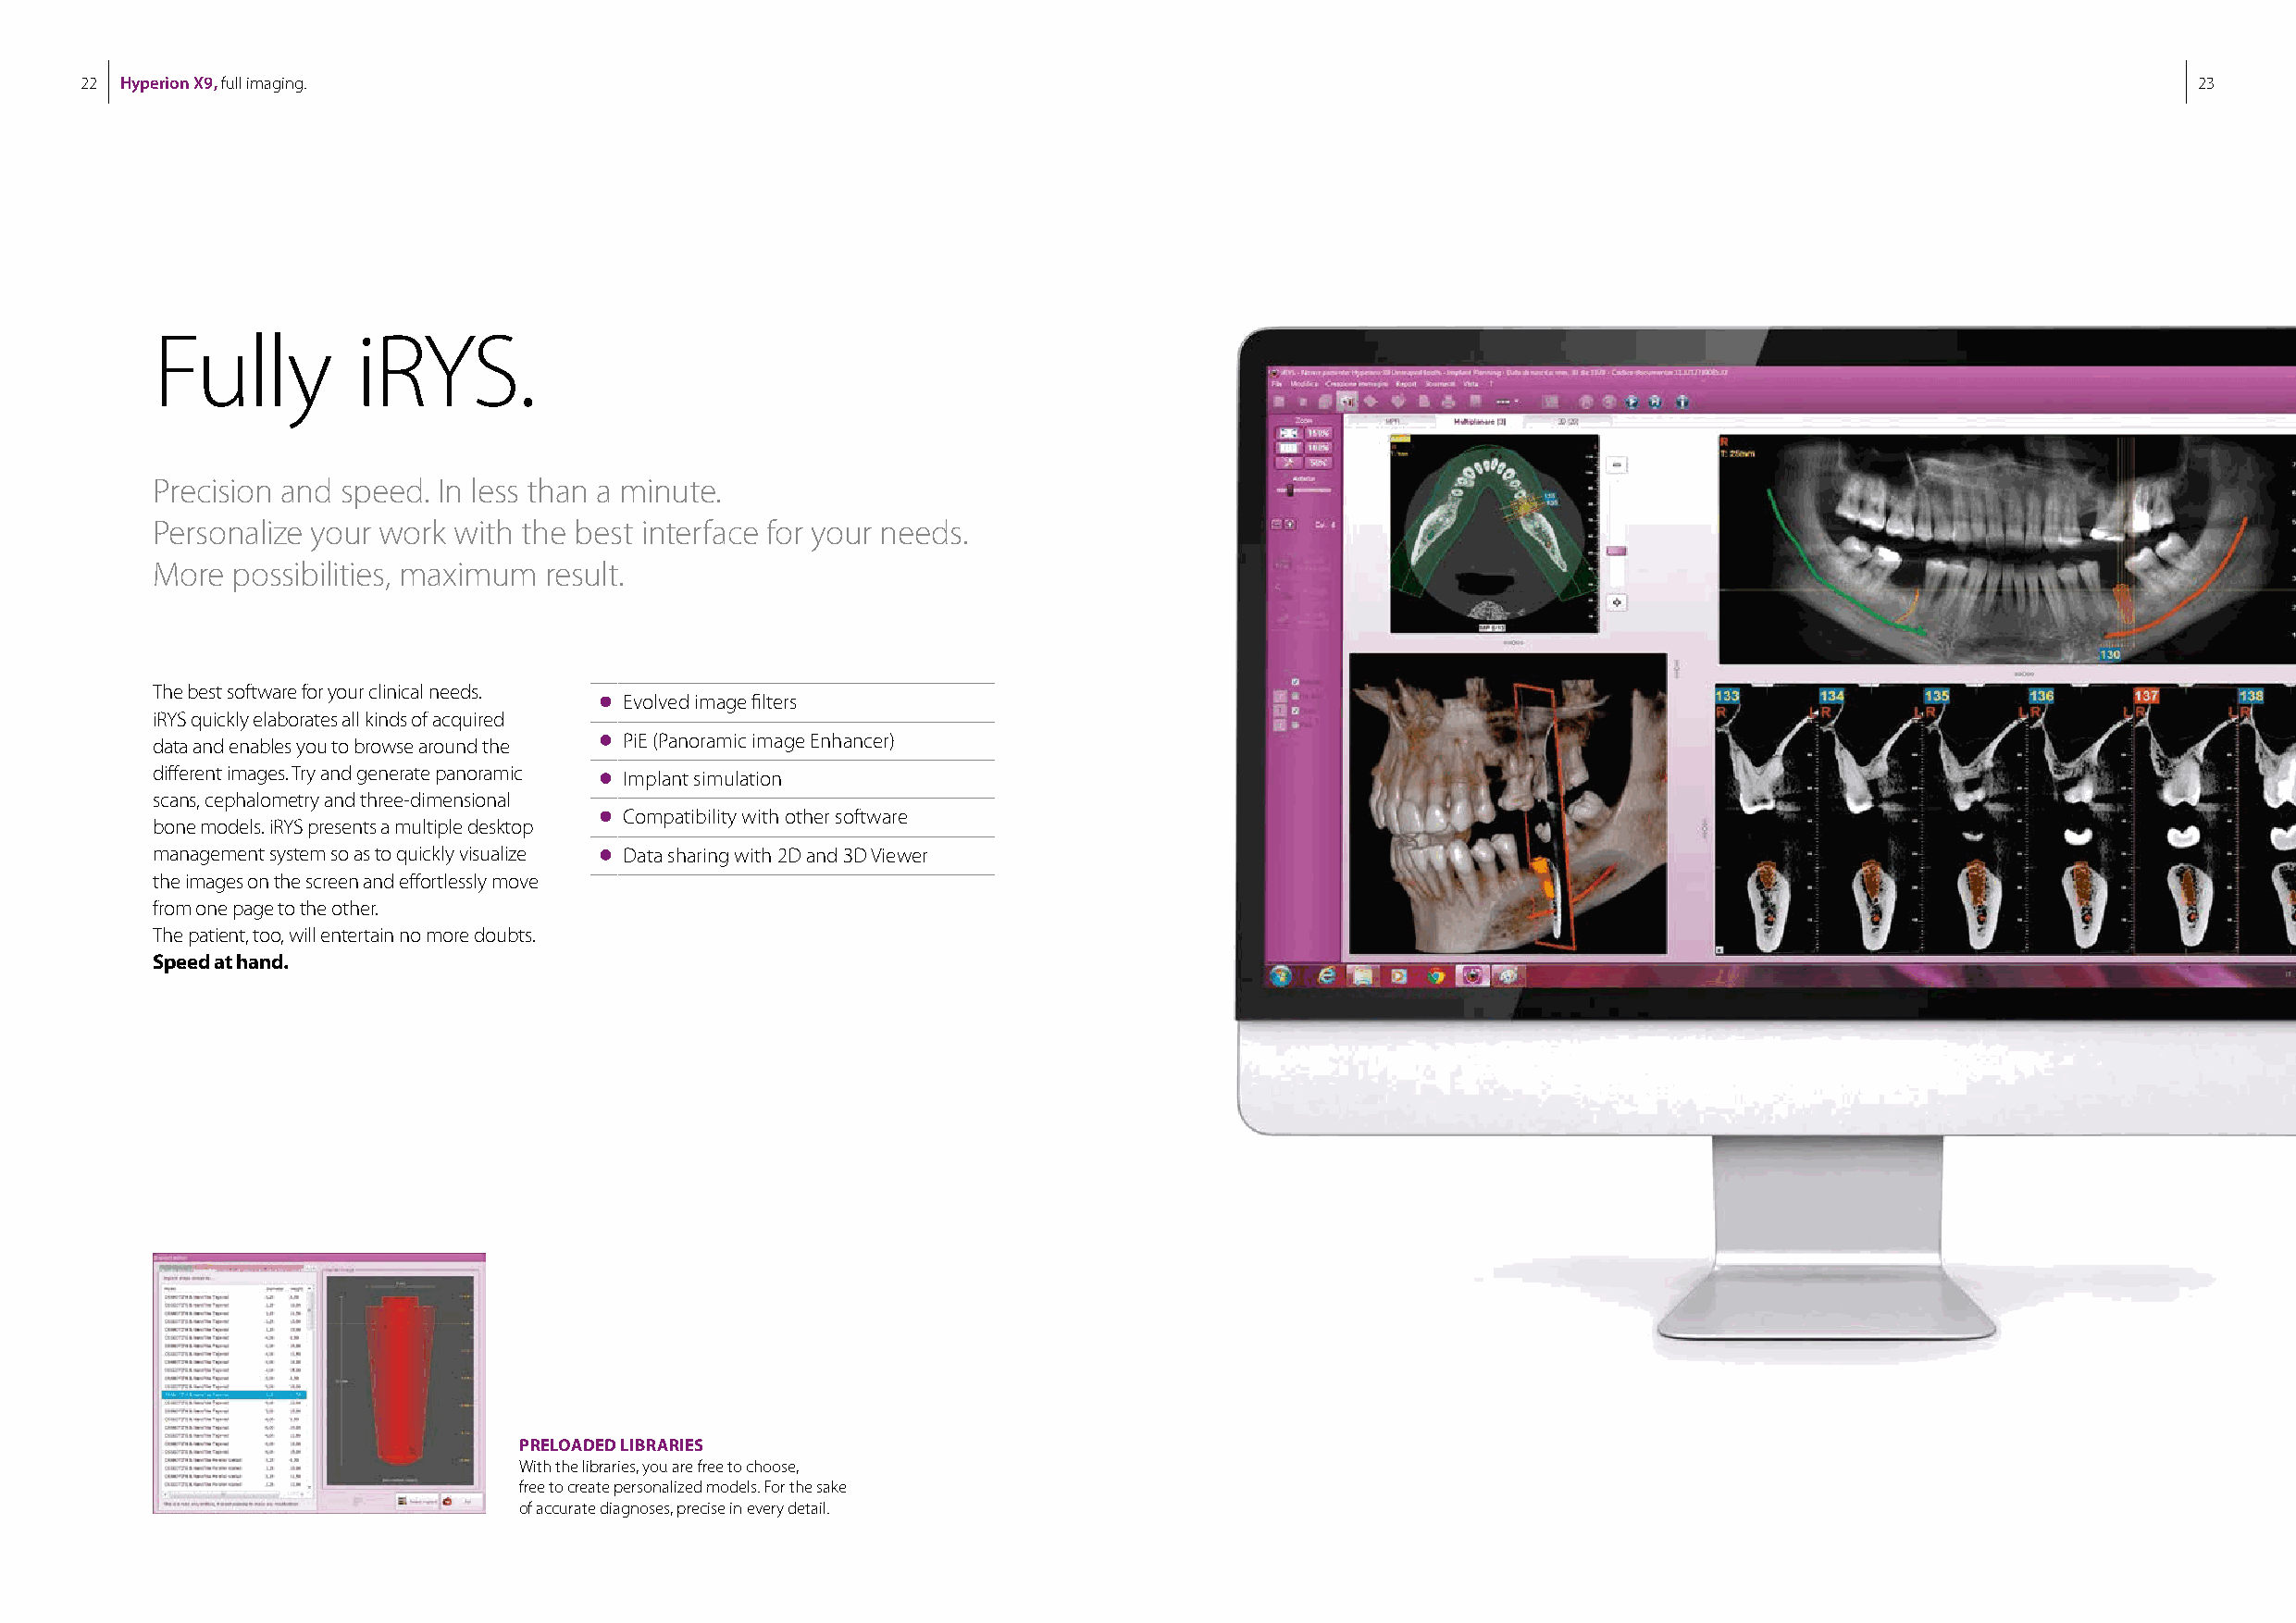
22 Hyperion X9, full imaging.                                                                                                                          23
 Fully         iRYS.
 Precision and speed. In less than a minute.
 Personalize your work with the best interface for your needs.
 More  possibilities, maximum result.
 The best software for your clinical needs.
 Evolved image filters
 iRYS quickly elaborates all kinds of acquired
 data and enables you to browse around the PiE (Panoramic image Enhancer)
 different images. Try and generate panoramic Implant simulation
 scans, cephalometry and three-dimensional
 Compatibility with other software
 bone models. iRYS presents a multiple desktop
 management system so as to quickly visualize Data sharing with 2D and 3D Viewer
 the images on the screen and effortlessly move
 from one page to the other.
 The patient, too, will entertain no more doubts.
 Speed at hand.
 PRELOADED LIBRARIES
 With the libraries, you are free to choose,
 free to create personalized models. For the sake
 of accurate diagnoses, precise in every detail.